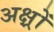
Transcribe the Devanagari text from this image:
अक्ष्रों